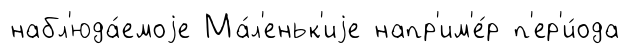
набл'юда́емоjе Ма́л'еньк'иjе напр'им'е́р п'ер'и́ода